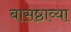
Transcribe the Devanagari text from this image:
बासष्ठाव्या